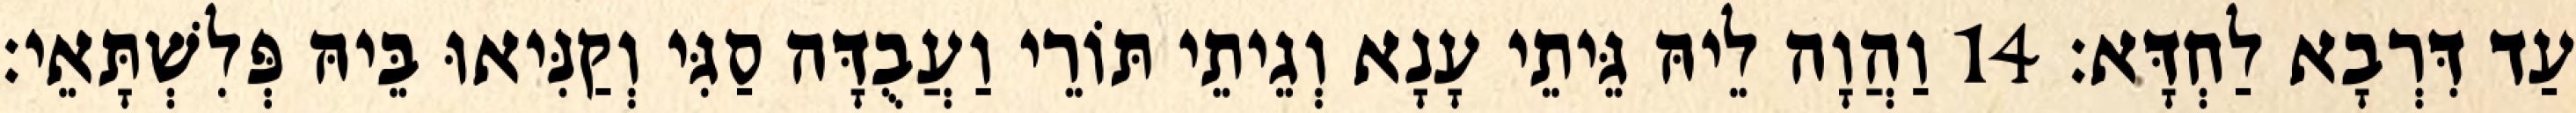
עַד דִּרְבָא לַחְדָּא׃ 14 וַהֲוָה לֵיהּ גֵּיתֵי עָנָא וְגֵיתֵי תּוֹרֵי וַעֲבֻדָּה סַגִּי וְקַנִּיאוּ בֵּיהּ פְּלִשְׁתָּאֵי׃